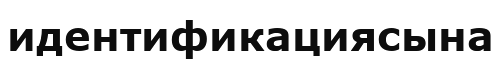
идентификациясына